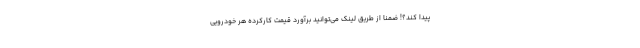
پیدا کند؟! ضمنا از طریق لینک می‌توانید برآورد قیمت کارکرده هر خودرویی